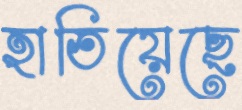
হাতিয়েছে